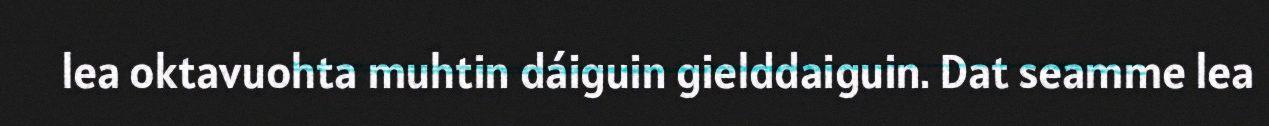
lea oktavuohta muhtin dáiguin gielddaiguin. Dat seamme lea